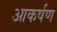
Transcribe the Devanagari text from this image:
आकर्षण्‍ा